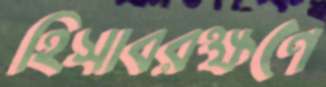
হিসাবরক্ষণে